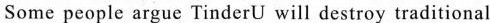
Some people argue TinderU will destroy traditional